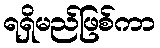
ရရှိမည်ဖြစ်ကာ